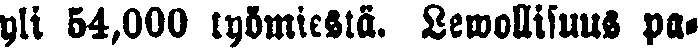
yli 54,000 työmiestä. Lewollisuus pa-